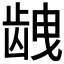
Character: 𱌱